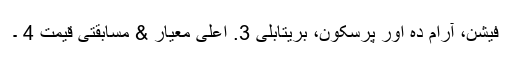
فیشن، آرام دہ اور پرسکون، بریتابلی 3. اعلی معیار & مسابقتی قیمت 4 ۔